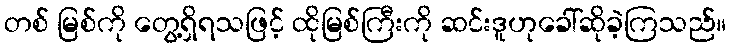
တစ် မြစ်ကို တွေ့ရှိရသဖြင့် ထိုမြစ်ကြီးကို ဆင်းဒူဟုခေါ်ဆိုခဲ့ကြသည်။